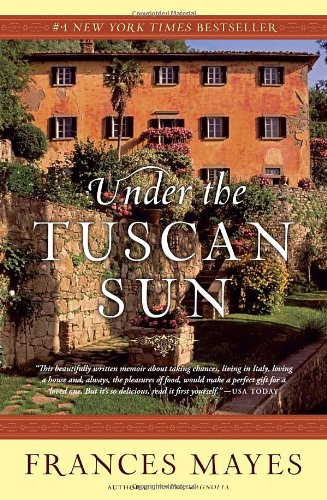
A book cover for Under the Tuscan Sun: At Home in Italy; Frances Mayes; Cookbooks, Food & Wine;